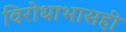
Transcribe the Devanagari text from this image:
विरोधाभासही